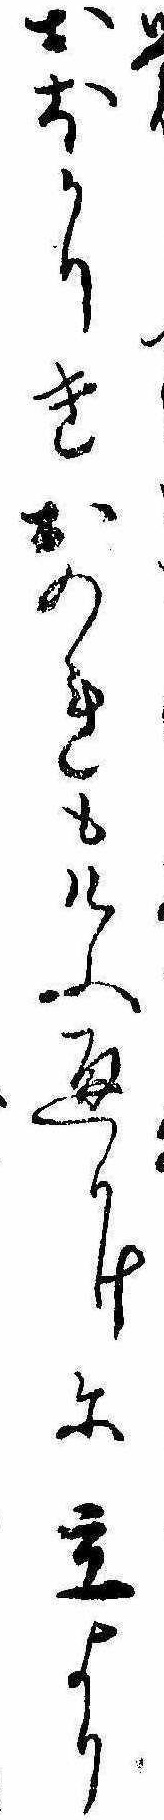
労ておほかりきおのれもけふ通かけに立より